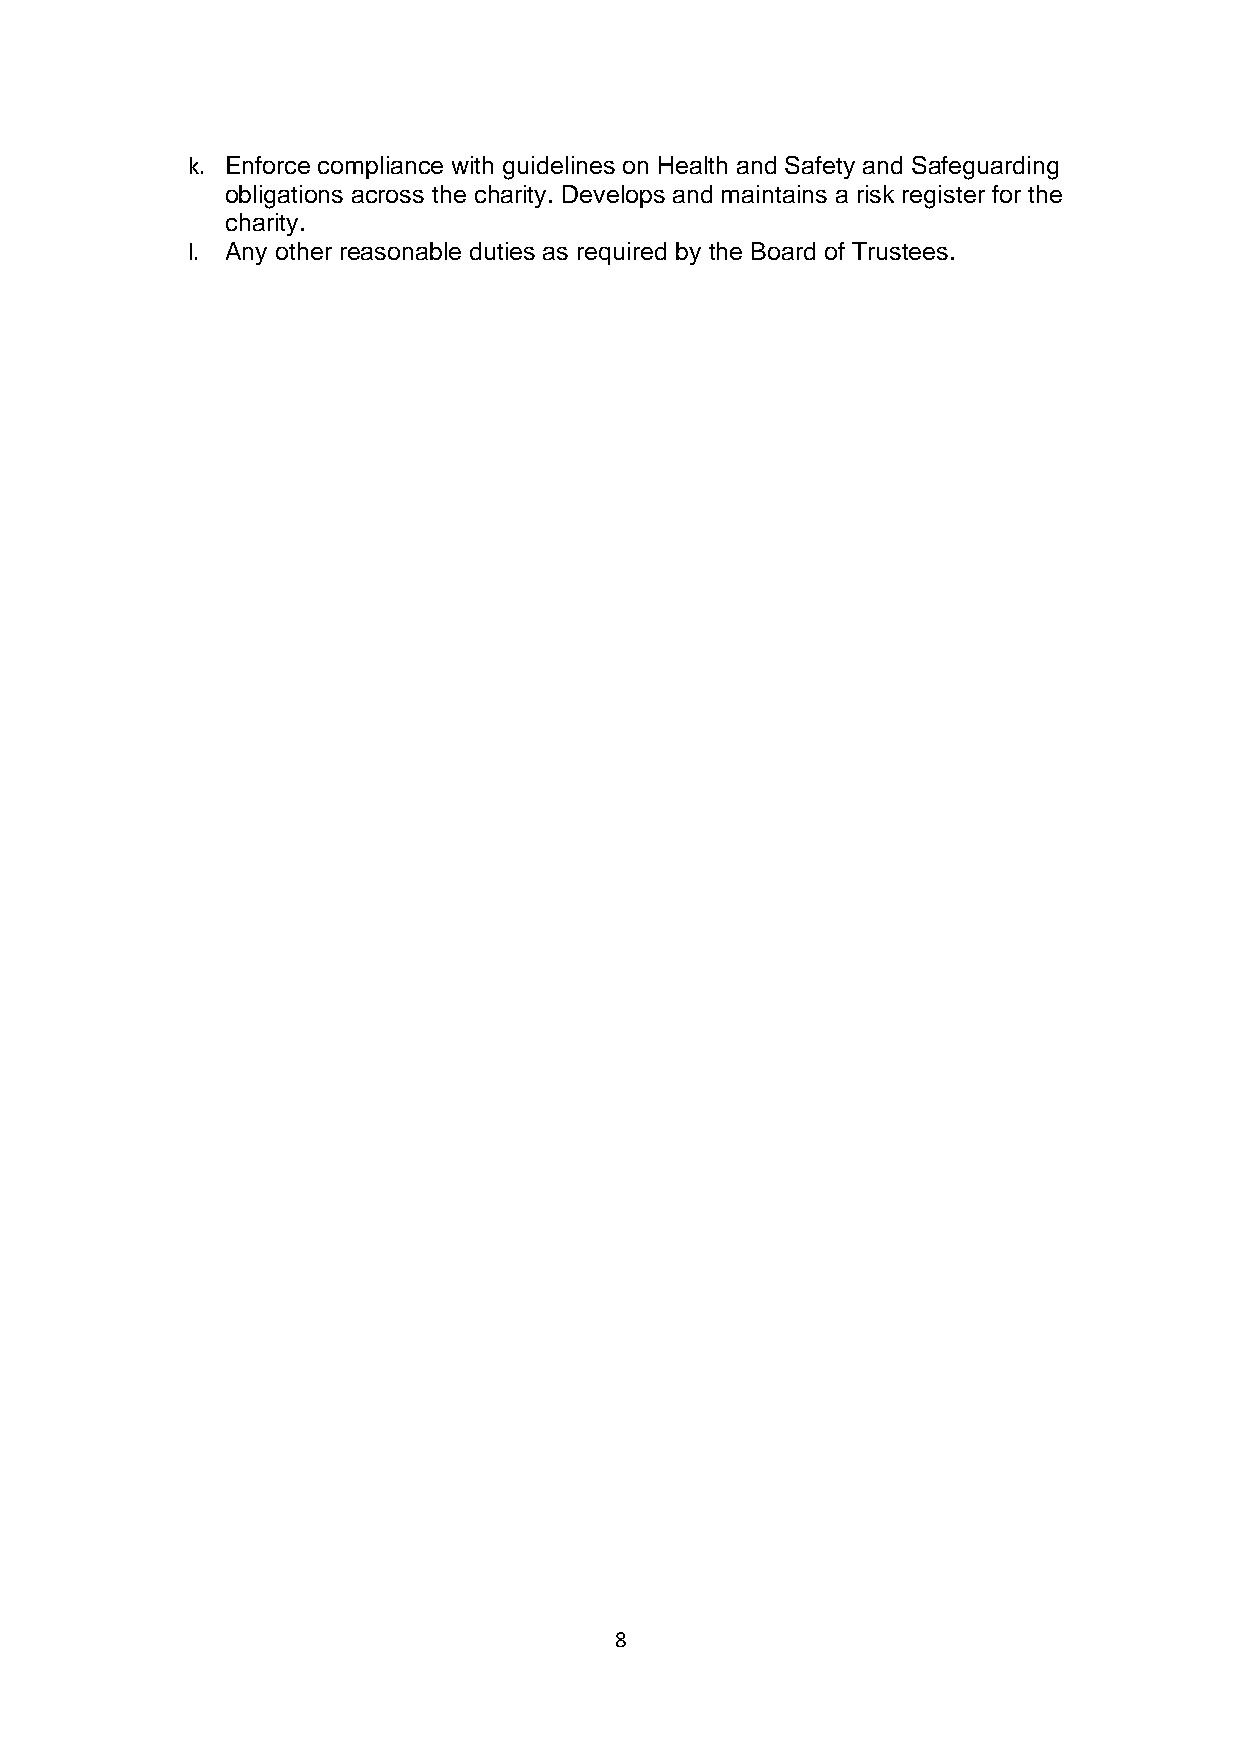
k. Enforce compliance with guidelines on Health and Safety and Safeguarding
 obligations across the charity. Develops and maintains a risk register for the
 charity.
 l. Any other reasonable duties as required by the Board of Trustees.
 8